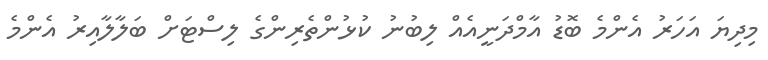
މިދިޔަ އަހަރު އެންމެ ބޮޑު އާމްދަނީއެއް ލިބުނު ކުޅުންތެރިންގެ ލިސްޓަށް ބަލާލާއިރު އެންމެ